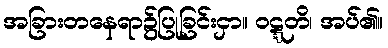
အခြားတနေရာ၌ပြုခြင်းငှာ။ ဝဋ္ဋတိ၊ အပ်၏။